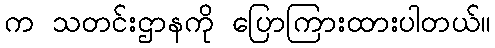
က သတင်းဌာနကို ပြောကြားထားပါတယ်။